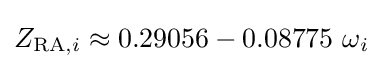
Z_{{\text{RA}},i}\approx 0.29056-0.08775\ \omega _{i}